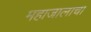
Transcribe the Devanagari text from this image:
महाजालाचा